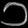
Digit: ၁